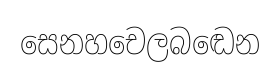
සෙනහචෙලබඬෙන